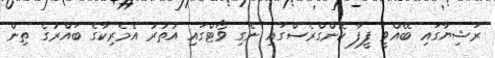
ރަޝިޔާގައި ބޭއްވީ ފީފާ ކޮންގްރެސްގައި ނެގި ވޯޓްގައި އުތުރު އެމެރިކާގެ ބައްރުގެ ތިން